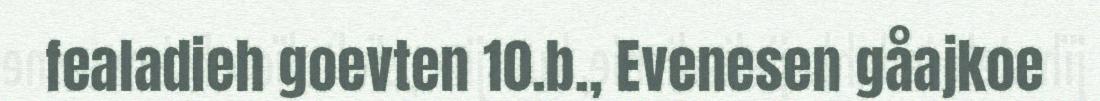
fealadieh goevten 10.b., Evenesen gåajkoe